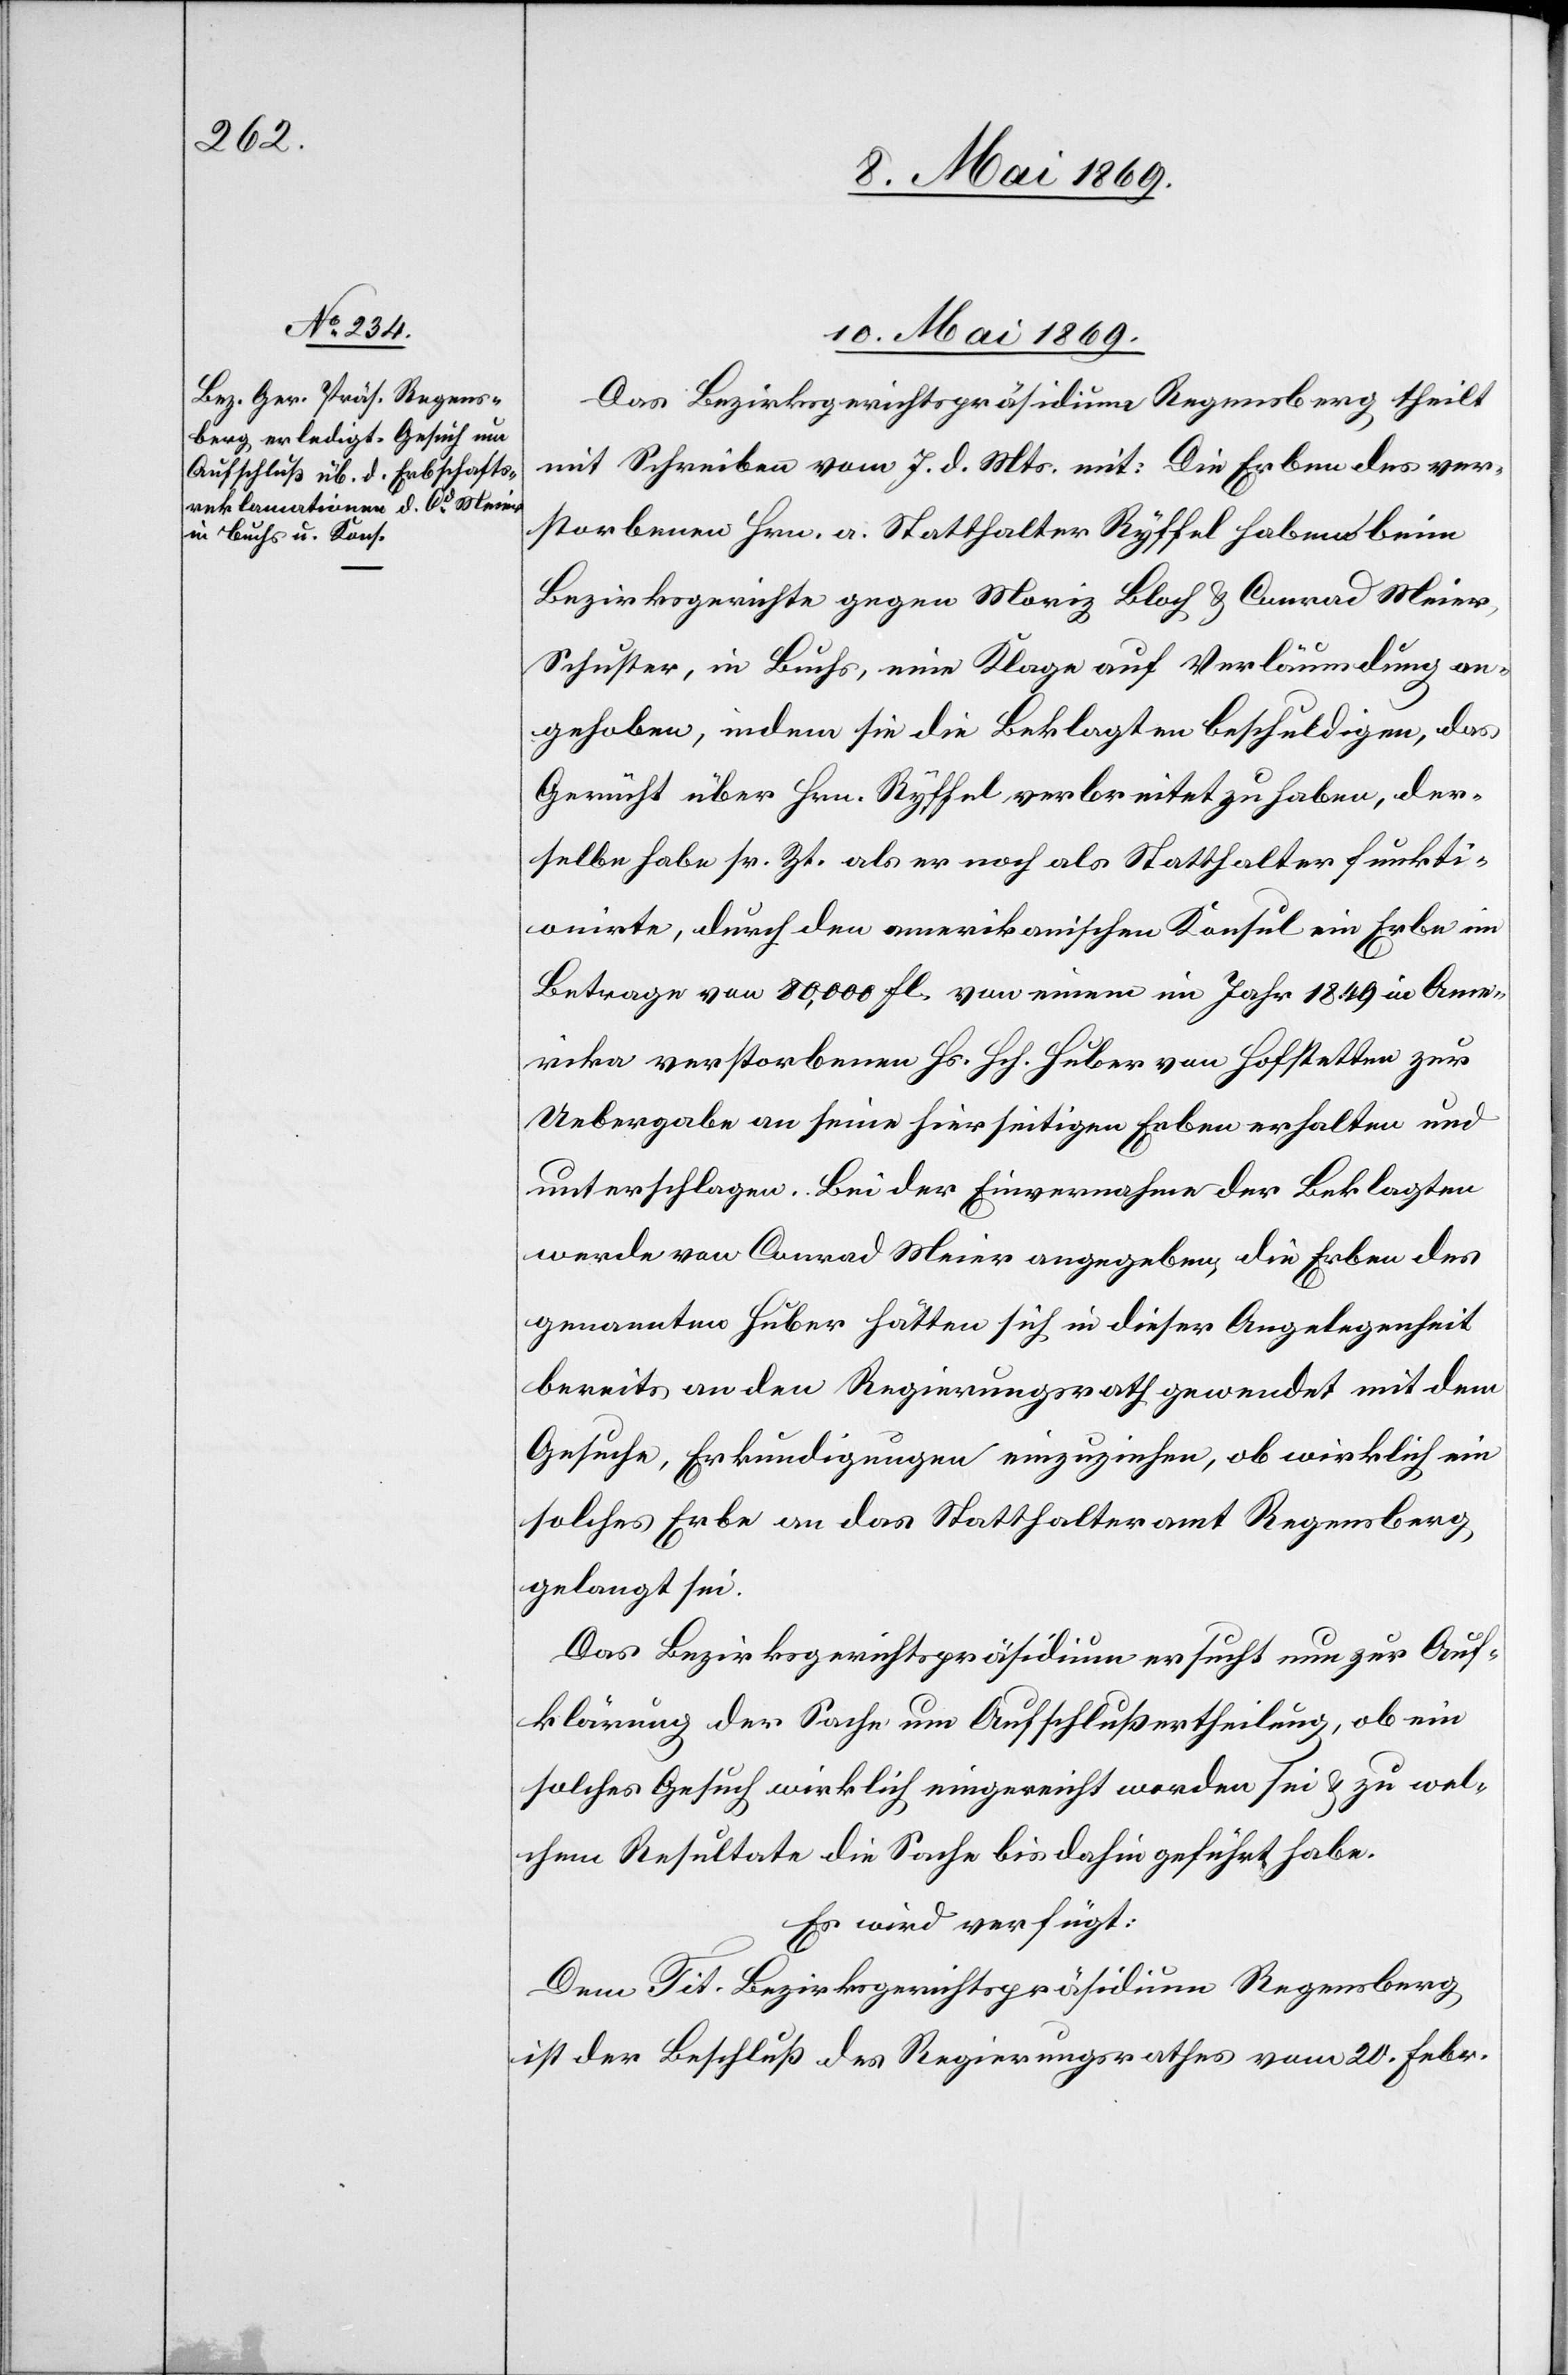
10. Mai 1869.
Das Bezirksgerichtspräsidium Regensberg, theilt
mit Schreiben vom 7. d. Mts. mit: Die Erben des ver¬
storbenen Hrn. a. Statthalter Ryffel haben beim
Bezirksgerichte gegen Moriz Bloch u. Conrad Meier,
Schuster, in Buchs, eine Klage auf Verläumdung an¬
gehoben, indem sie die Beklagten beschuldigen, das
Gerücht über Hrn. Ryffel, verbreitet zu haben, der¬
selbe habe sr. Zt. als er noch als Statthalter funkti¬
onirte, durch den amerikanischen Konsul ein Erbe im
Betrage von 80,000 fl. von einem im Jahr 1849 in Ame¬
rika verstorbenen Hs. Hch. Huber von Hofstetten zur
Uebergabe an seine hierseitigen Erben erhalten und
unterschlagen. Bei der Einvernahme der Beklagten
werde von Conrad Meier angegeben, die Erben des
genannten Huber hätten sich in dieser Angelegenheit
bereits an den Regierungsrath gewendet mit dem
Gesuche, Erkundigungen einzuziehen, ob wirklich ein
solches Erbe an das Statthalteramt Regensberg,
gelangt sei.
Das Bezirksgerichtspräsidium ersucht nun zur Auf¬
klärung der Sache um Aufschlußertheilung, ob ein
solches Gesuch wirklich eingereicht worden sei u. zu wel¬
chem Resultate die Sache bis dahin geführt habe.
Es wird verfügt:
Dem Tit. Bezirksgerichtspräsidium Regensberg
ist der Beschluß des Regierungsrathes vom 20. Febr.